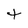
Character: t